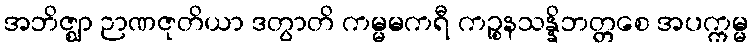
အဘိဇ္ဈာ ဉာဏဇုတိယာ ဒတွာတိ ကမ္မမကရီ ကဉ္စနသန္နိဘတ္တစေ အပက္ကမ္မ